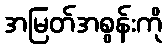
အမြတ်အစွန်းကို